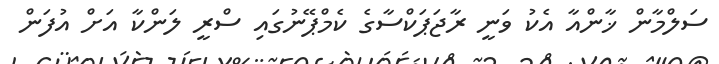
ސަލްމާން ޚާންއާ އެކު ވަނީ ރާޖަޕަކްސާގެ ކެމްޕޭނުގައި ސްރީ ލަންކާ އަށް އުފަން